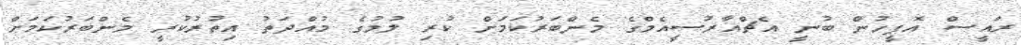
ރައީސް އޮފީހުން ބުނީ އެޗްއާރުސީއެމްގެ މެންބަރުކަމަށް ކުރި ލުމުގެ މުއްދަތު އިތުރުކުރީ މެންބަރުކަމަށް